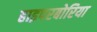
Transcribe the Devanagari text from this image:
हाइपरबोरिया